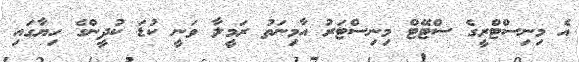
އެ މިނިސްޓްރީގެ ސްޓޭޓް މިނިސްޓަރު އާމިނަތު ރަމީލާ ވަނީ ކުޑަ ކުދީންގެ ހިޔާގައި